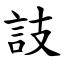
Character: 䚳